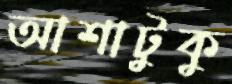
আশাটুকু